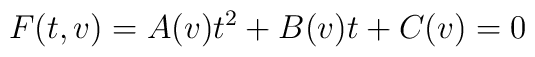
F(t,v)= A(v) t^2 +B(v) t +C(v) =0